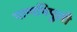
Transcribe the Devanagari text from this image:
पाणपिपुली